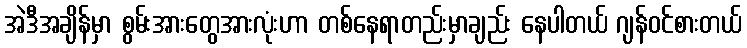
အဲဒီအချိန်မှာ စွမ်းအားတွေအားလုံးဟာ တစ်နေရာတည်းမှာချည်း နေပါတယ် ဂျန်ဝင်စားတယ်